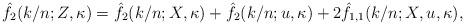
LaTeX: \begin{align*}\hat{f}_2(k/n;Z,\kappa) = \hat{f}_2(k/n;X,\kappa) + \hat{f}_2(k/n;u,\kappa) + 2\hat{f}_{1,1}(k/n;X,u,\kappa),\end{align*}